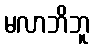
မလာဘိဘူ